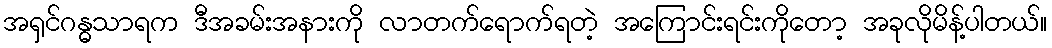
အရှင်ဂန္ဓသာရက ဒီအခမ်းအနားကို လာတက်ရောက်ရတဲ့ အကြောင်းရင်းကိုတော့ အခုလိုမိန့်ပါတယ်။